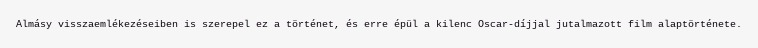
Almásy visszaemlékezéseiben is szerepel ez a történet, és erre épül a kilenc Oscar-díjjal jutalmazott film alaptörténete.